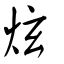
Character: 炫